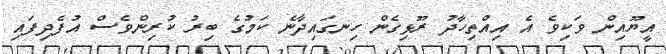
އީޔޫއިން ވަކިވެ އެ އިއްތިހާދު ރޫޅިގެން ހިނގައިދާނެ ކަމުގެ ބިރު ކުރިންވެސް އުފެދިފައި